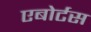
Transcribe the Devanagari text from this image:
एबोर्टस